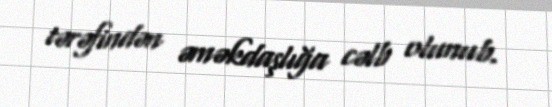
tərəfindən əməkdaşlığa cəlb olunub.